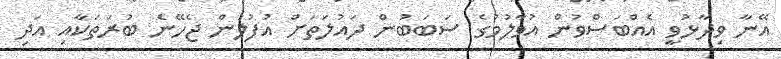
އޭނާ ވިދާޅުވީ އެއްބަސްވުން އުވާލުމުގެ ސަބަބުން ދައުލަތަށް އުފުލަން ޖެހޭނެ ބުރަތަކާއި އަދި